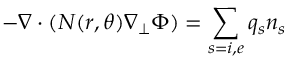
- \nabla \cdot ( N ( r , \theta ) \nabla _ { \perp } \Phi ) = \sum _ { s = i , e } q _ { s } n _ { s }